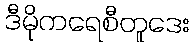
ဒီမိုကရေစီတူဒေး